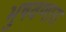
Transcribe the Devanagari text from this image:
भुषवणारा